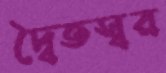
দ্বৈতস্বর